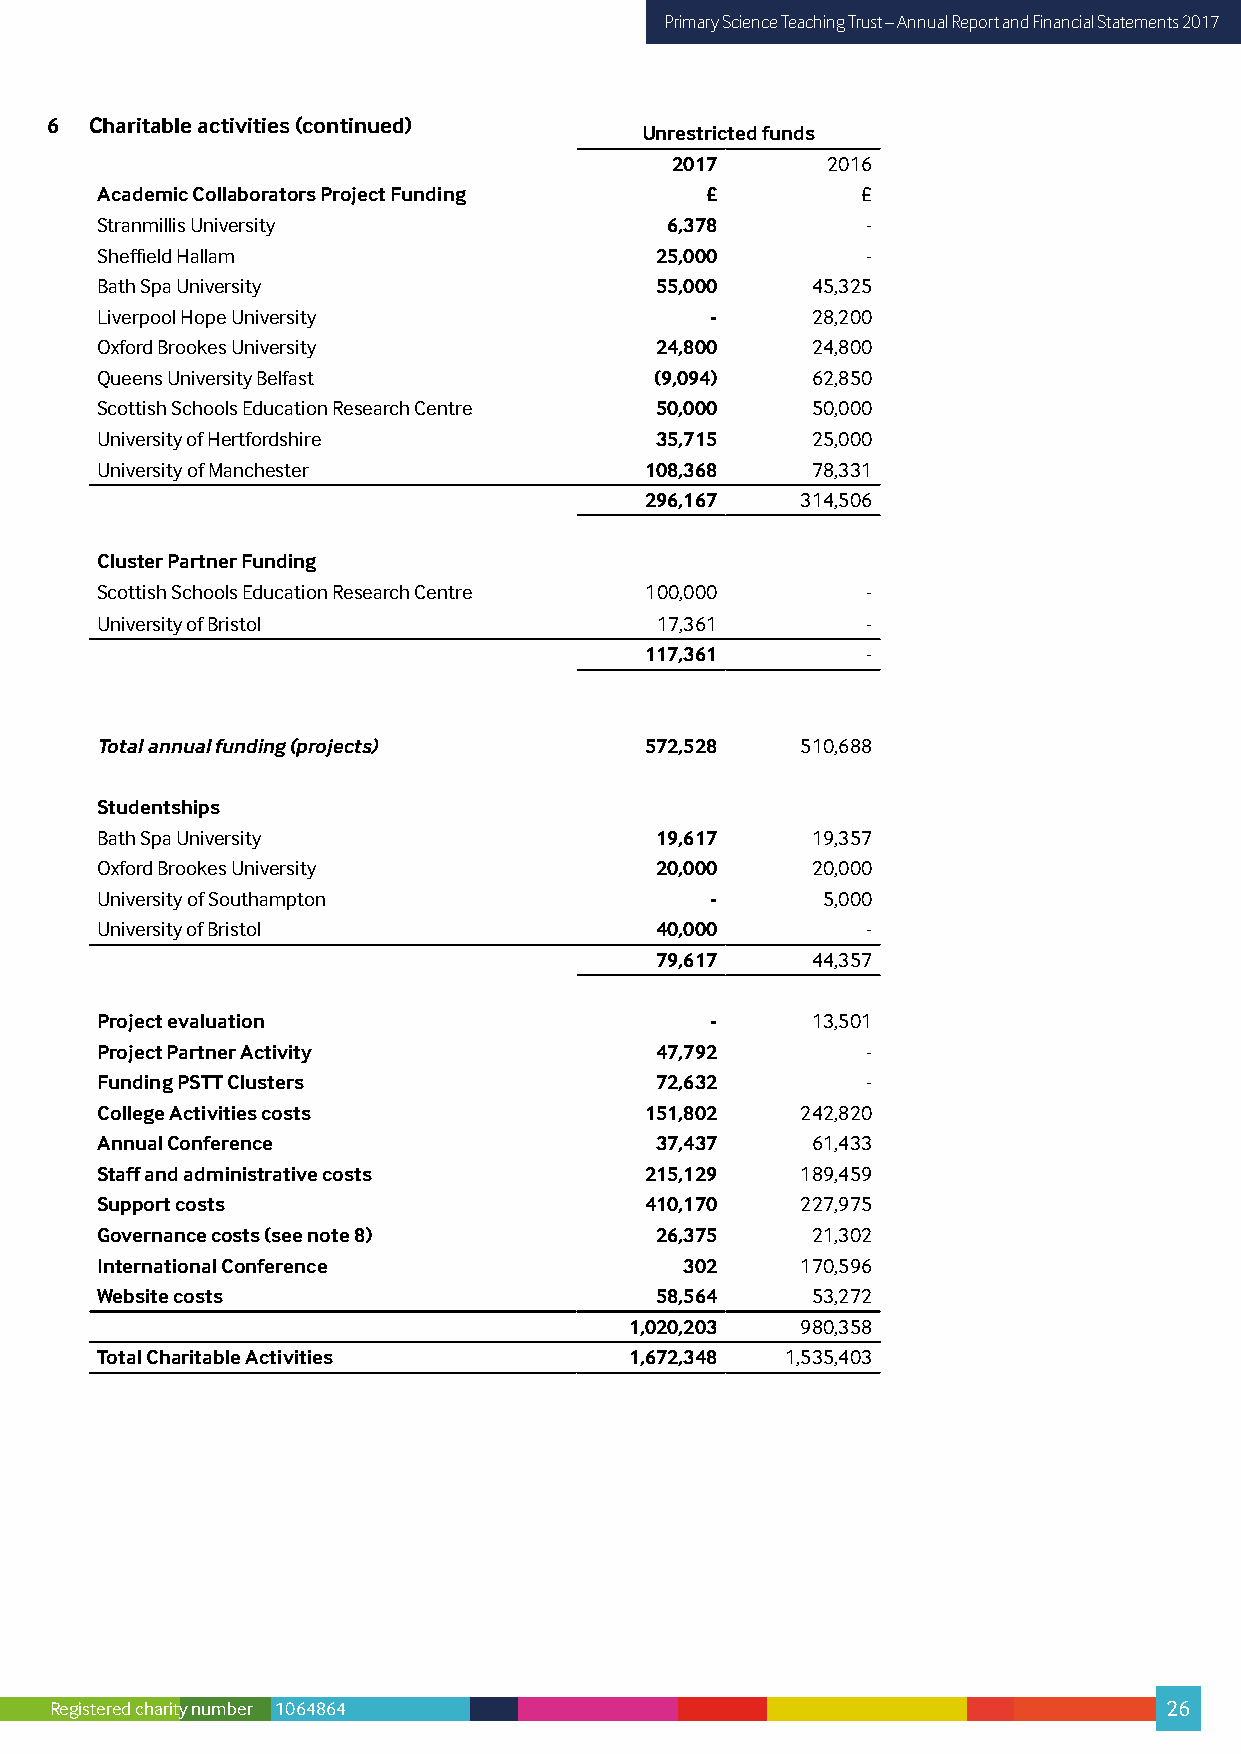
Primary Science Teaching Trust – Annual Report and Financial Statements 2017
 6  Charitable activities (continued)
 Unrestricted funds
 2017       2016
 Academic Collaborators Project Funding   £         £
 Stranmillis University                6,378        -
 Sheffield Hallam                     25,000        -
 Bath Spa University                  55,000     45,325
 Liverpool Hope University                -      28,200
 Oxford Brookes University            24,800     24,800
 Queens University Belfast            (9,094)    62,850
 Scottish Schools Education Research Centre 50,000 50,000
 University of Hertfordshire          35,715     25,000
 University of Manchester             108,368    78,331
 296,167   314,506
 Cluster Partner Funding
 Scottish Schools Education Research Centre 100,000 -
 University of Bristol                17,361        -
 117,361       -
 Total annual funding (projects)      572,528   510,688
 Studentships
 Bath Spa University                  19,617     19,357
 Oxford Brookes University            20,000     20,000
 University of Southampton                -      5,000
 University of Bristol                40,000        -
 79,617     44,357
 Project evaluation                       -      13,501
 Project Partner Activity             47,792        -
 Funding PSTT Clusters                72,632        -
 College Activities costs             151,802   242,820
 Annual Conference                    37,437     61,433
 Staff and administrative costs       215,129   189,459
 Support costs                        410,170   227,975
 Governance costs (see note 8)        26,375     21,302
 International Conference               302     170,596
 Website costs                        58,564     53,272
 1,020,203  980,358
 Total Charitable Activities         1,672,348 1,535,403
 Registered charity number 1064864                                         26